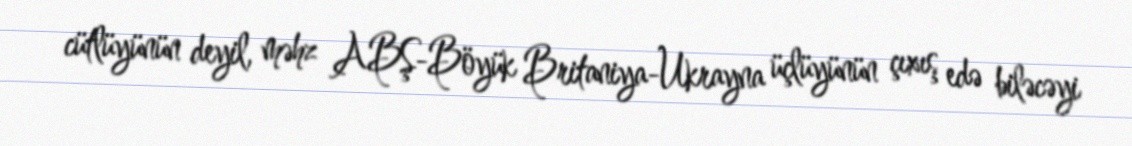
cütlüyünün deyil, məhz ABŞ-Böyük Britaniya-Ukrayna üçlüyünün çıxış edə biləcəyi